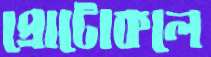
প্রোটোকলে